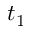
t _ { 1 }